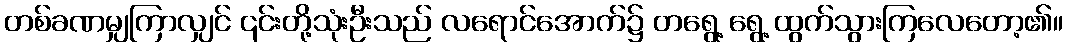
တစ်ခဏမျှကြာလျှင် ၎င်းတို့သုံးဦးသည် လရောင်အောက်၌ တရွေ့ ရွေ့ ထွက်သွားကြလေတော့၏။